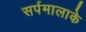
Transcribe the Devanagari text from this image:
सर्पमालाके